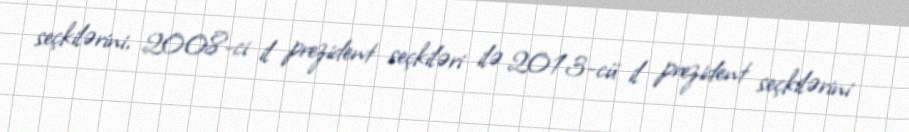
seçkilərini, 2008-ci il prezident seçkiləri ilə 2013-cü il prezident seçkilərini